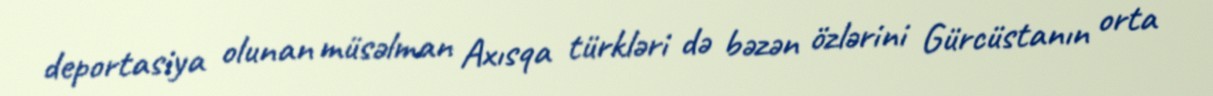
deportasiya olunan müsəlman Axısqa türkləri də bəzən özlərini Gürcüstanın orta